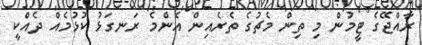
ރާއްޖޭގެ ޓީމުން މި ތިން މެޗުގެ ތެރެއިން އެންެމެ ރަަނގަޅު ކުޅުމެއް ދެއްކީ